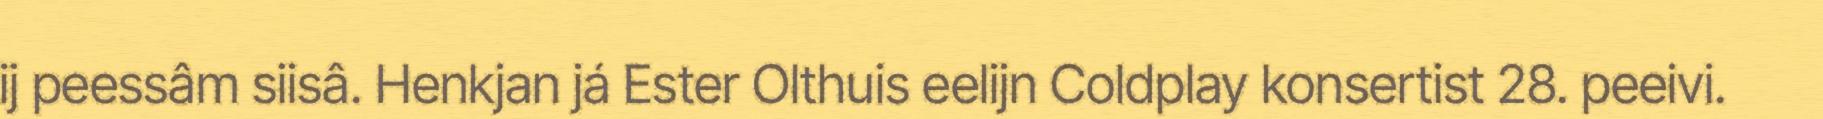
ij peessâm siisâ. Henkjan já Ester Olthuis eelijn Coldplay konsertist 28. peeivi.